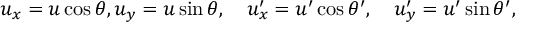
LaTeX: u _ { x } = u \cos \theta , u _ { y } = u \sin \theta , \quad u _ { x } ^ { \prime } = u ^ { \prime } \cos \theta ^ { \prime } , \quad u _ { y } ^ { \prime } = u ^ { \prime } \sin \theta ^ { \prime } ,